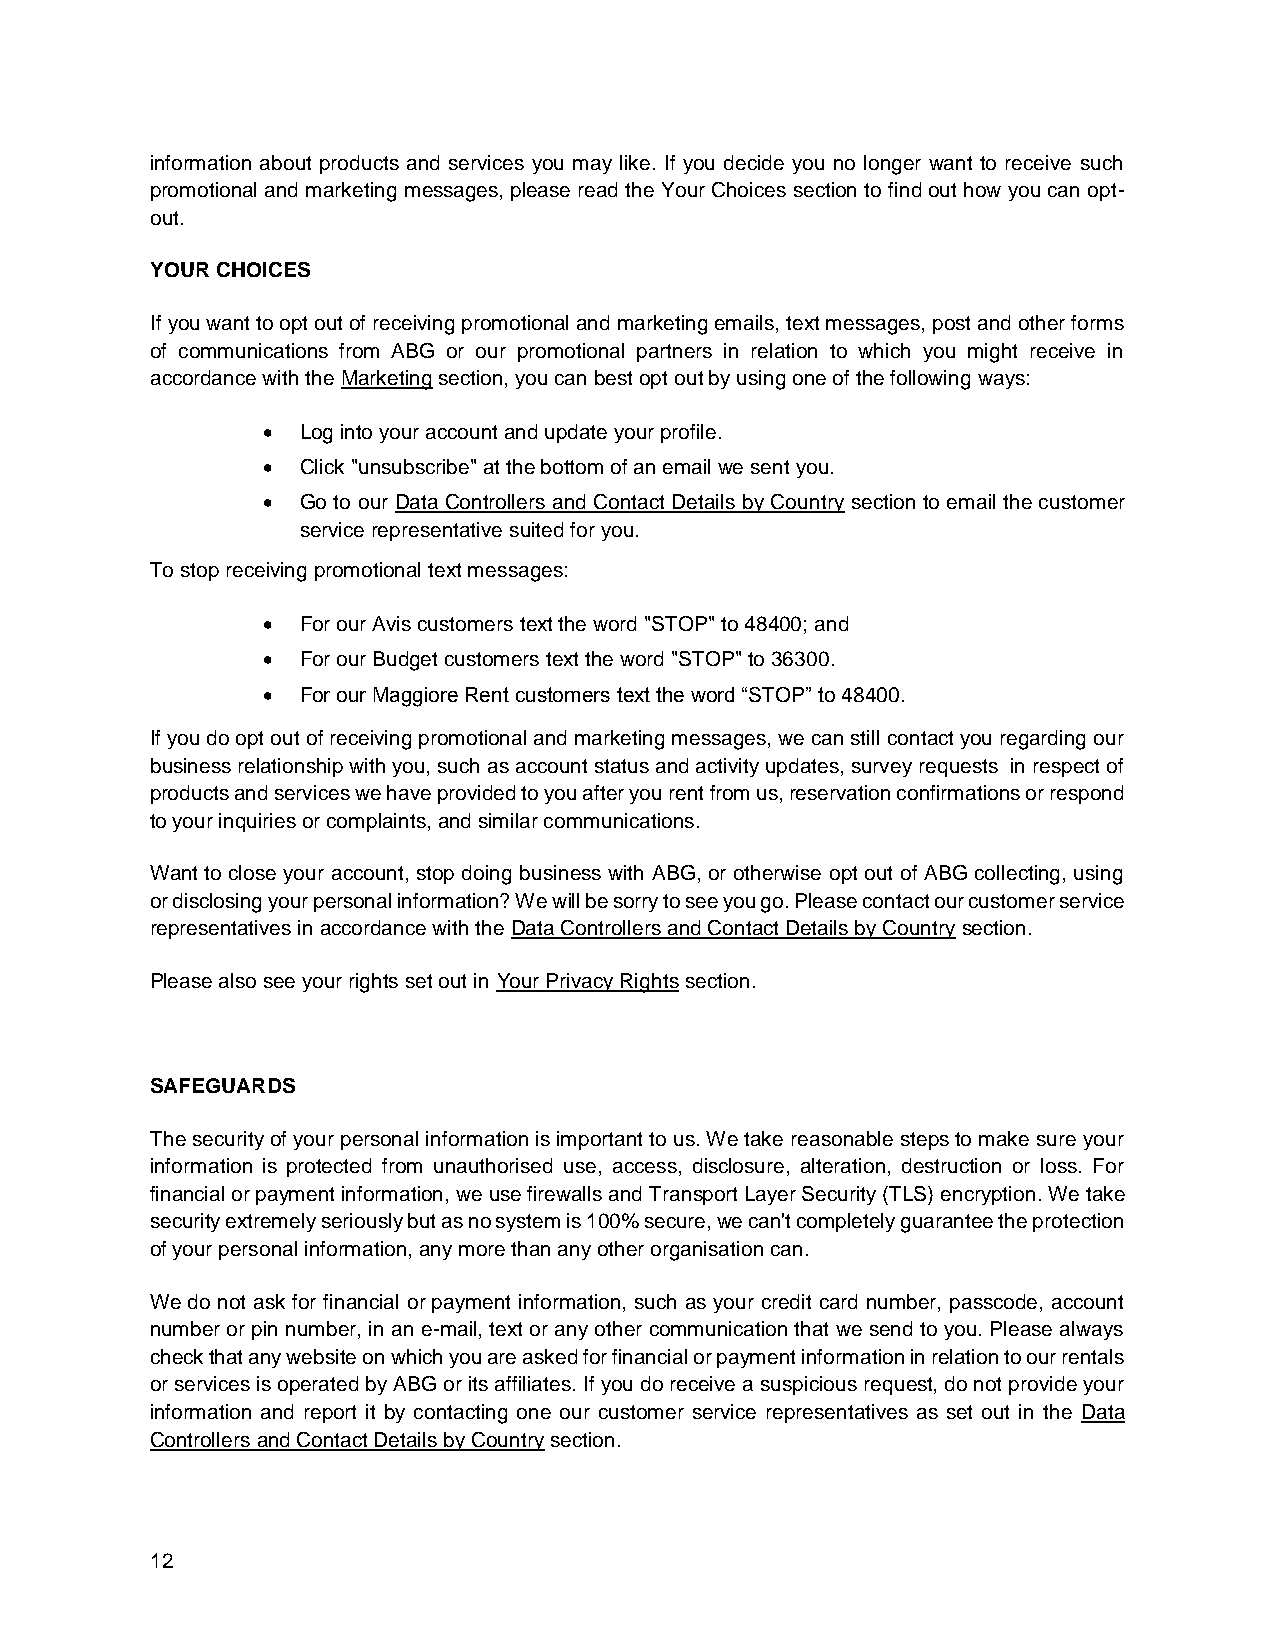
information about products and services you may like. If you decide you no longer want to receive such
 promotional and marketing messages, please read the Your Choices section to find out how you can opt-
 out.
 YOUR CHOICES
 If you want to opt out of receiving promotional and marketing emails, text messages, post and other forms
 of communications from ABG or our promotional partners in relation to which you might receive in
 accordance with the Marketing section, you can best opt out by using one of the following ways:
   Log into your account and update your profile.
   Click "unsubscribe" at the bottom of an email we sent you.
   Go to our Data Controllers and Contact Details by Country section to email the customer
 service representative suited for you.
 To stop receiving promotional text messages:
   For our Avis customers text the word "STOP" to 48400; and
   For our Budget customers text the word "STOP" to 36300.
   For our Maggiore Rent customers text the word “STOP” to 48400.
 If you do opt out of receiving promotional and marketing messages, we can still contact you regarding our
 business relationship with you, such as account status and activity updates, survey requests in respect of
 products and services we have provided to you after you rent from us, reservation confirmations or respond
 to your inquiries or complaints, and similar communications.
 Want to close your account, stop doing business with ABG, or otherwise opt out of ABG collecting, using
 or disclosing your personal information? We will be sorry to see you go. Please contact our customer service
 representatives in accordance with the Data Controllers and Contact Details by Country section.
 Please also see your rights set out in Your Privacy Rights section.
 SAFEGUARDS
 The security of your personal information is important to us. We take reasonable steps to make sure your
 information is protected from unauthorised use, access, disclosure, alteration, destruction or loss. For
 financial or payment information, we use firewalls and Transport Layer Security (TLS) encryption. We take
 security extremely seriously but as no system is 100% secure, we can't completely guarantee the protection
 of your personal information, any more than any other organisation can.
 We do not ask for financial or payment information, such as your credit card number, passcode, account
 number or pin number, in an e-mail, text or any other communication that we send to you. Please always
 check that any website on which you are asked for financial or payment information in relation to our rentals
 or services is operated by ABG or its affiliates. If you do receive a suspicious request, do not provide your
 information and report it by contacting one our customer service representatives as set out in the Data
 Controllers and Contact Details by Country section.
 12